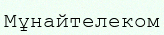
Мұнайтелеком